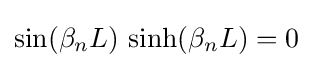
\sin(\beta _{n}L)\,\sinh(\beta _{n}L)=0